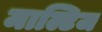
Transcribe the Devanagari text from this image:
माल्टिज